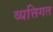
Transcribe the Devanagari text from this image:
व्यत्तिगत